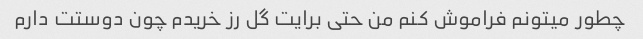
چطور میتونم فراموش کنم من حتی برایت گل رز خریدم چون دوستت دارم